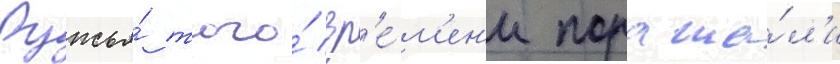
Ружья́ того́ вр'е́м'ен'и поража́л'и